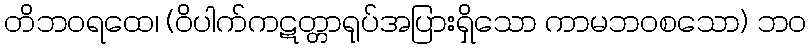
တိဘဝရထေ၊ (ဝိပါက်ကဋတ္တာရုပ်အပြားရှိသော ကာမဘဝစသော) ဘဝ